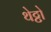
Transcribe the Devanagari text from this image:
थेट्टो